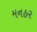
મનહર